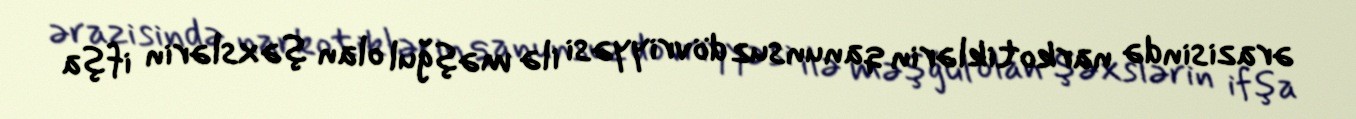
ərazisində narkotiklərin qanunsuz dövriyyəsi ilə məşğul olan şəxslərin ifşa